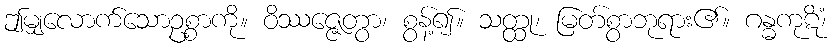
ဤမျှလောက်သောဥစ္စာကို။ ဝိဿဇ္ဇေတွာ၊ စွန့်၍။ သတ္ထု၊ မြတ်စွာဘုရား၏။ ဂန္ဓကုဋိံ၊